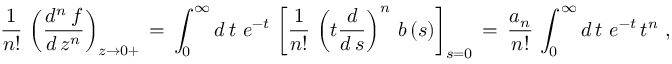
\frac { 1 } { n ! } \, \left( \frac { d ^ { n } \, f } { d \, z ^ { n } } \right) _ { z \to 0 + } \, = \, \int _ { 0 } ^ { \infty } d \, t \ e ^ { - t } \, \left[ \frac { 1 } { n ! } \, \left( t \frac { d } { d \, s } \right) ^ { n } \, b \, ( s ) \right] _ { s = 0 } \, = \, \frac { a _ { n } } { n ! } \, \int _ { 0 } ^ { \infty } d \, t \ e ^ { - t } \, t ^ { n } \, \, ,